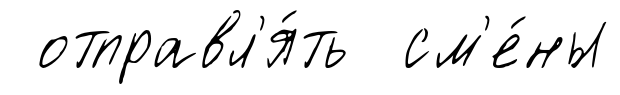
отправл'я́ть см'е́ны